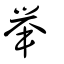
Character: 擧